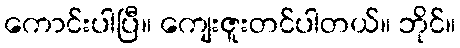
ကောင်းပါပြီ။ ကျေးဇူးတင်ပါတယ်။ ဘိုင်။